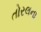
તોરલના